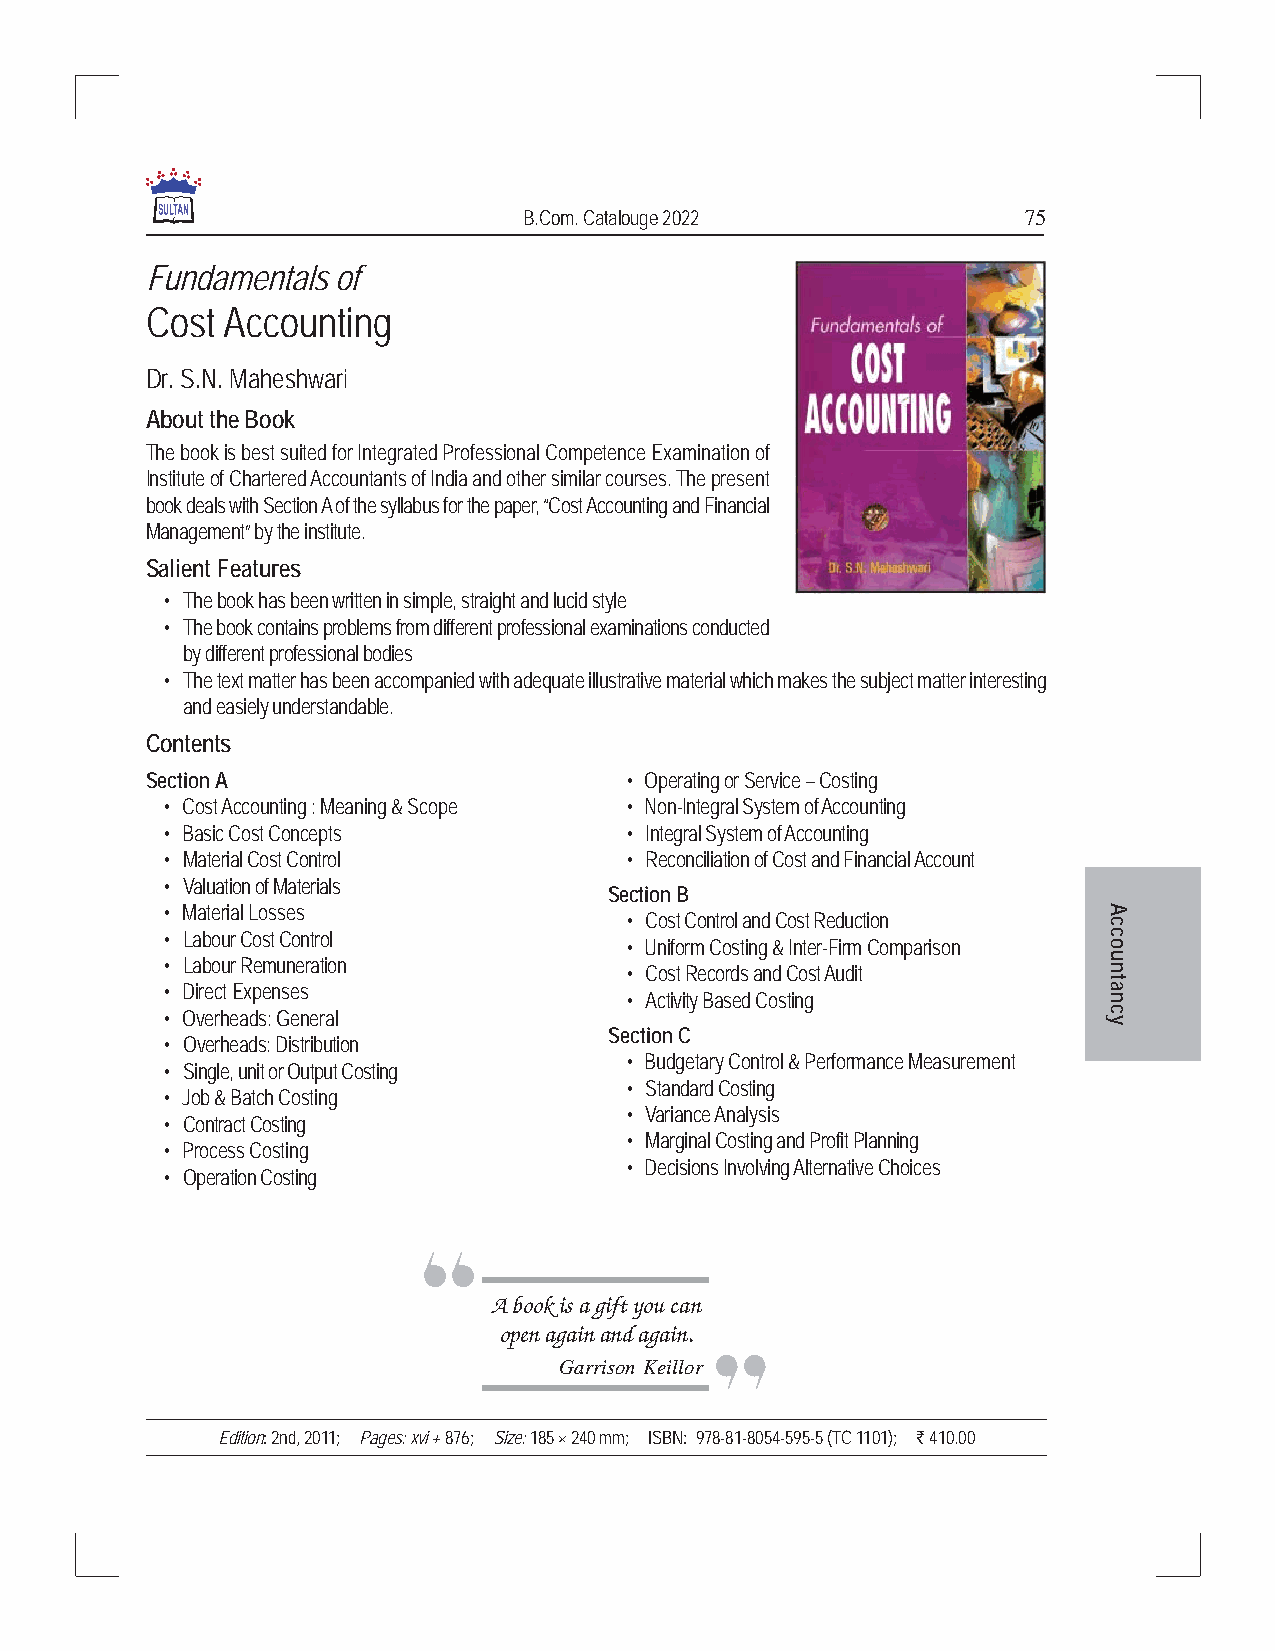
B.Com. Catalouge 2022            75
 Fundamentals of
 Cost Accounting
 Dr. S.N. Maheshwari
 About the Book
 The book is best suited for Integrated Professional Competence Examination of
 Institute of Chartered Accountants of India and other similar courses. The present
 book deals with Section A of the syllabus for the paper, “Cost Accounting and Financial
 Management” by the institute.
 Salient Features
 • The book has been written in simple, straight and lucid style
 • The book contains problems from different professional examinations conducted
 by different professional bodies
 • The text matter has been accompanied with adequate illustrative material which makes the subject matter interesting
 and easiely understandable.
 Contents
 Section A                      • Operating or Service – Costing
 • Cost Accounting : Meaning & Scope • Non-Integral System of Accounting
 • Basic Cost Concepts         • Integral System of Accounting
 • Material Cost Control       • Reconciliation of Cost and Financial Account
 • Valuation of Materials
 Section B
 • Material Losses                                             A
 • Cost Control and Cost Reduction c
 • Labour Cost Control                                         c
 • Uniform Costing & Inter-Firm Comparison o
 • Labour Remuneration                                         u
 • Cost Records and Cost Audit   n
 t
 • Direct Expenses                                             a
 • Activity Based Costing        n
 • Overheads: General                                          yc
 Section C
 • Overheads: Distribution
 • Budgetary Control & Performance Measurement
 • Single, unit or Output Costing
 • Standard Costing
 • Job & Batch Costing
 • Variance Analysis
 • Contract Costing
 • Marginal Costing and Profit Planning
 • Process Costing
 • Decisions Involving Alternative Choices
 • Operation Costing
 A book is a gift you can
 open again and again.
 Garrison Keillor
 Edition: 2nd, 2011; Pages: xvi + 876; Size: 185 × 240 mm; ISBN: 978-81-8054-595-5 (TC 1101); ` 410.00